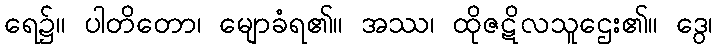
ရေ၌။ ပါတိတော၊ မျောခံရ၏။ အဿ၊ ထိုဇဋိလသူဌေး၏။ ဒွေ၊